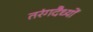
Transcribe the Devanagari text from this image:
तरंगदैध्यों